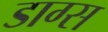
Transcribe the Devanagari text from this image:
डाग्स